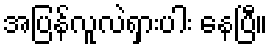
အပြန်လူလဲရှားပါး နေပြီ။